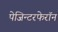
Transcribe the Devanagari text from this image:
पेजिन्टरफेरॉन